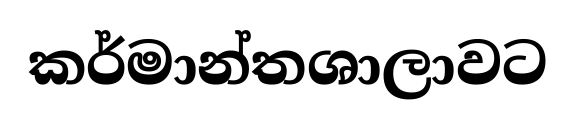
කර්මාන්තශාලාවට